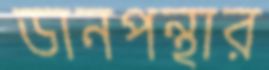
ডানপন্থার